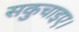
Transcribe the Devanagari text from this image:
सकुचाइए।